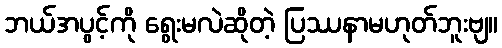
ဘယ်အပွင့်ကို ရွေးမလဲဆိုတဲ့ ပြဿနာမဟုတ်ဘူးဗျ။